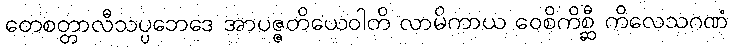
တေစတ္တာလီသပ္ပဘေဒေ အာပဇ္ဇတိယေဝါတိ လာမိကာယ ဝေစိကိစ္ဆီ ကိလေသဂဏံ